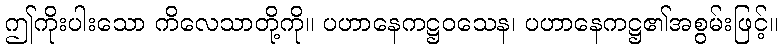
ဤကိုးပါးသော ကိလေသာတို့ကို။ ပဟာနေကဋ္ဌဝသေန၊ ပဟာနေကဋ္ဌ၏အစွမ်းဖြင့်။